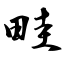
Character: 畦